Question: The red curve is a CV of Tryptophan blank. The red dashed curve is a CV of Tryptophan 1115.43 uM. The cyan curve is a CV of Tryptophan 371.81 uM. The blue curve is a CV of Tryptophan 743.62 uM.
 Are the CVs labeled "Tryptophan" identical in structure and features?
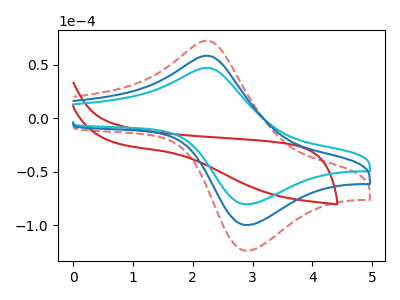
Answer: <think>The red curve "Tryptophan blank" has no peaks. The red dashed curve "Tryptophan 1115.43 uM" has an anodic peak at (2.25V, 116.45uA) and a cathodic peak at (2.90V, -199.20uA). The cyan curve "Tryptophan 371.81 uM" has an anodic peak at (2.25V, 46.95uA) and a cathodic peak at (2.90V, -80.30uA). The blue curve "Tryptophan 743.62 uM" has an anodic peak at (2.25V, 58.25uA) and a cathodic peak at (2.90V, -99.60uA).
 "Tryptophan blank" and "Tryptophan 1115.43 uM" have a different number of peaks. "Tryptophan blank" and "Tryptophan 371.81 uM" have a different number of peaks. "Tryptophan blank" and "Tryptophan 743.62 uM" have a different number of peaks. All the peaks in "Tryptophan 1115.43 uM" have a peak in "Tryptophan 371.81 uM" at the same potential. Every peak in "Tryptophan 1115.43 uM" is higher than every peak in "Tryptophan 371.81 uM". All the peaks in "Tryptophan 1115.43 uM" have a peak in "Tryptophan 743.62 uM" at the same potential. Every peak in "Tryptophan 1115.43 uM" is higher than every peak in "Tryptophan 743.62 uM". All the peaks in "Tryptophan 371.81 uM" have a peak in "Tryptophan 743.62 uM" at the same potential. Every peak in "Tryptophan 371.81 uM" is lower than every peak in "Tryptophan 743.62 uM".</think>
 <answer>All the CV's of "Tryptophan" have similar shape.</answer>
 <eval>follow_rule</eval>